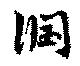
潤